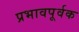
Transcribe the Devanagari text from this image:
प्रभावपूर्वक